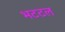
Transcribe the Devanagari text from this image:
भटटल